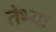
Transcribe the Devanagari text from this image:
तेभ्यः